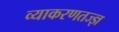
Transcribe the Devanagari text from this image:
व्याकरणतज्‍ज्ञ